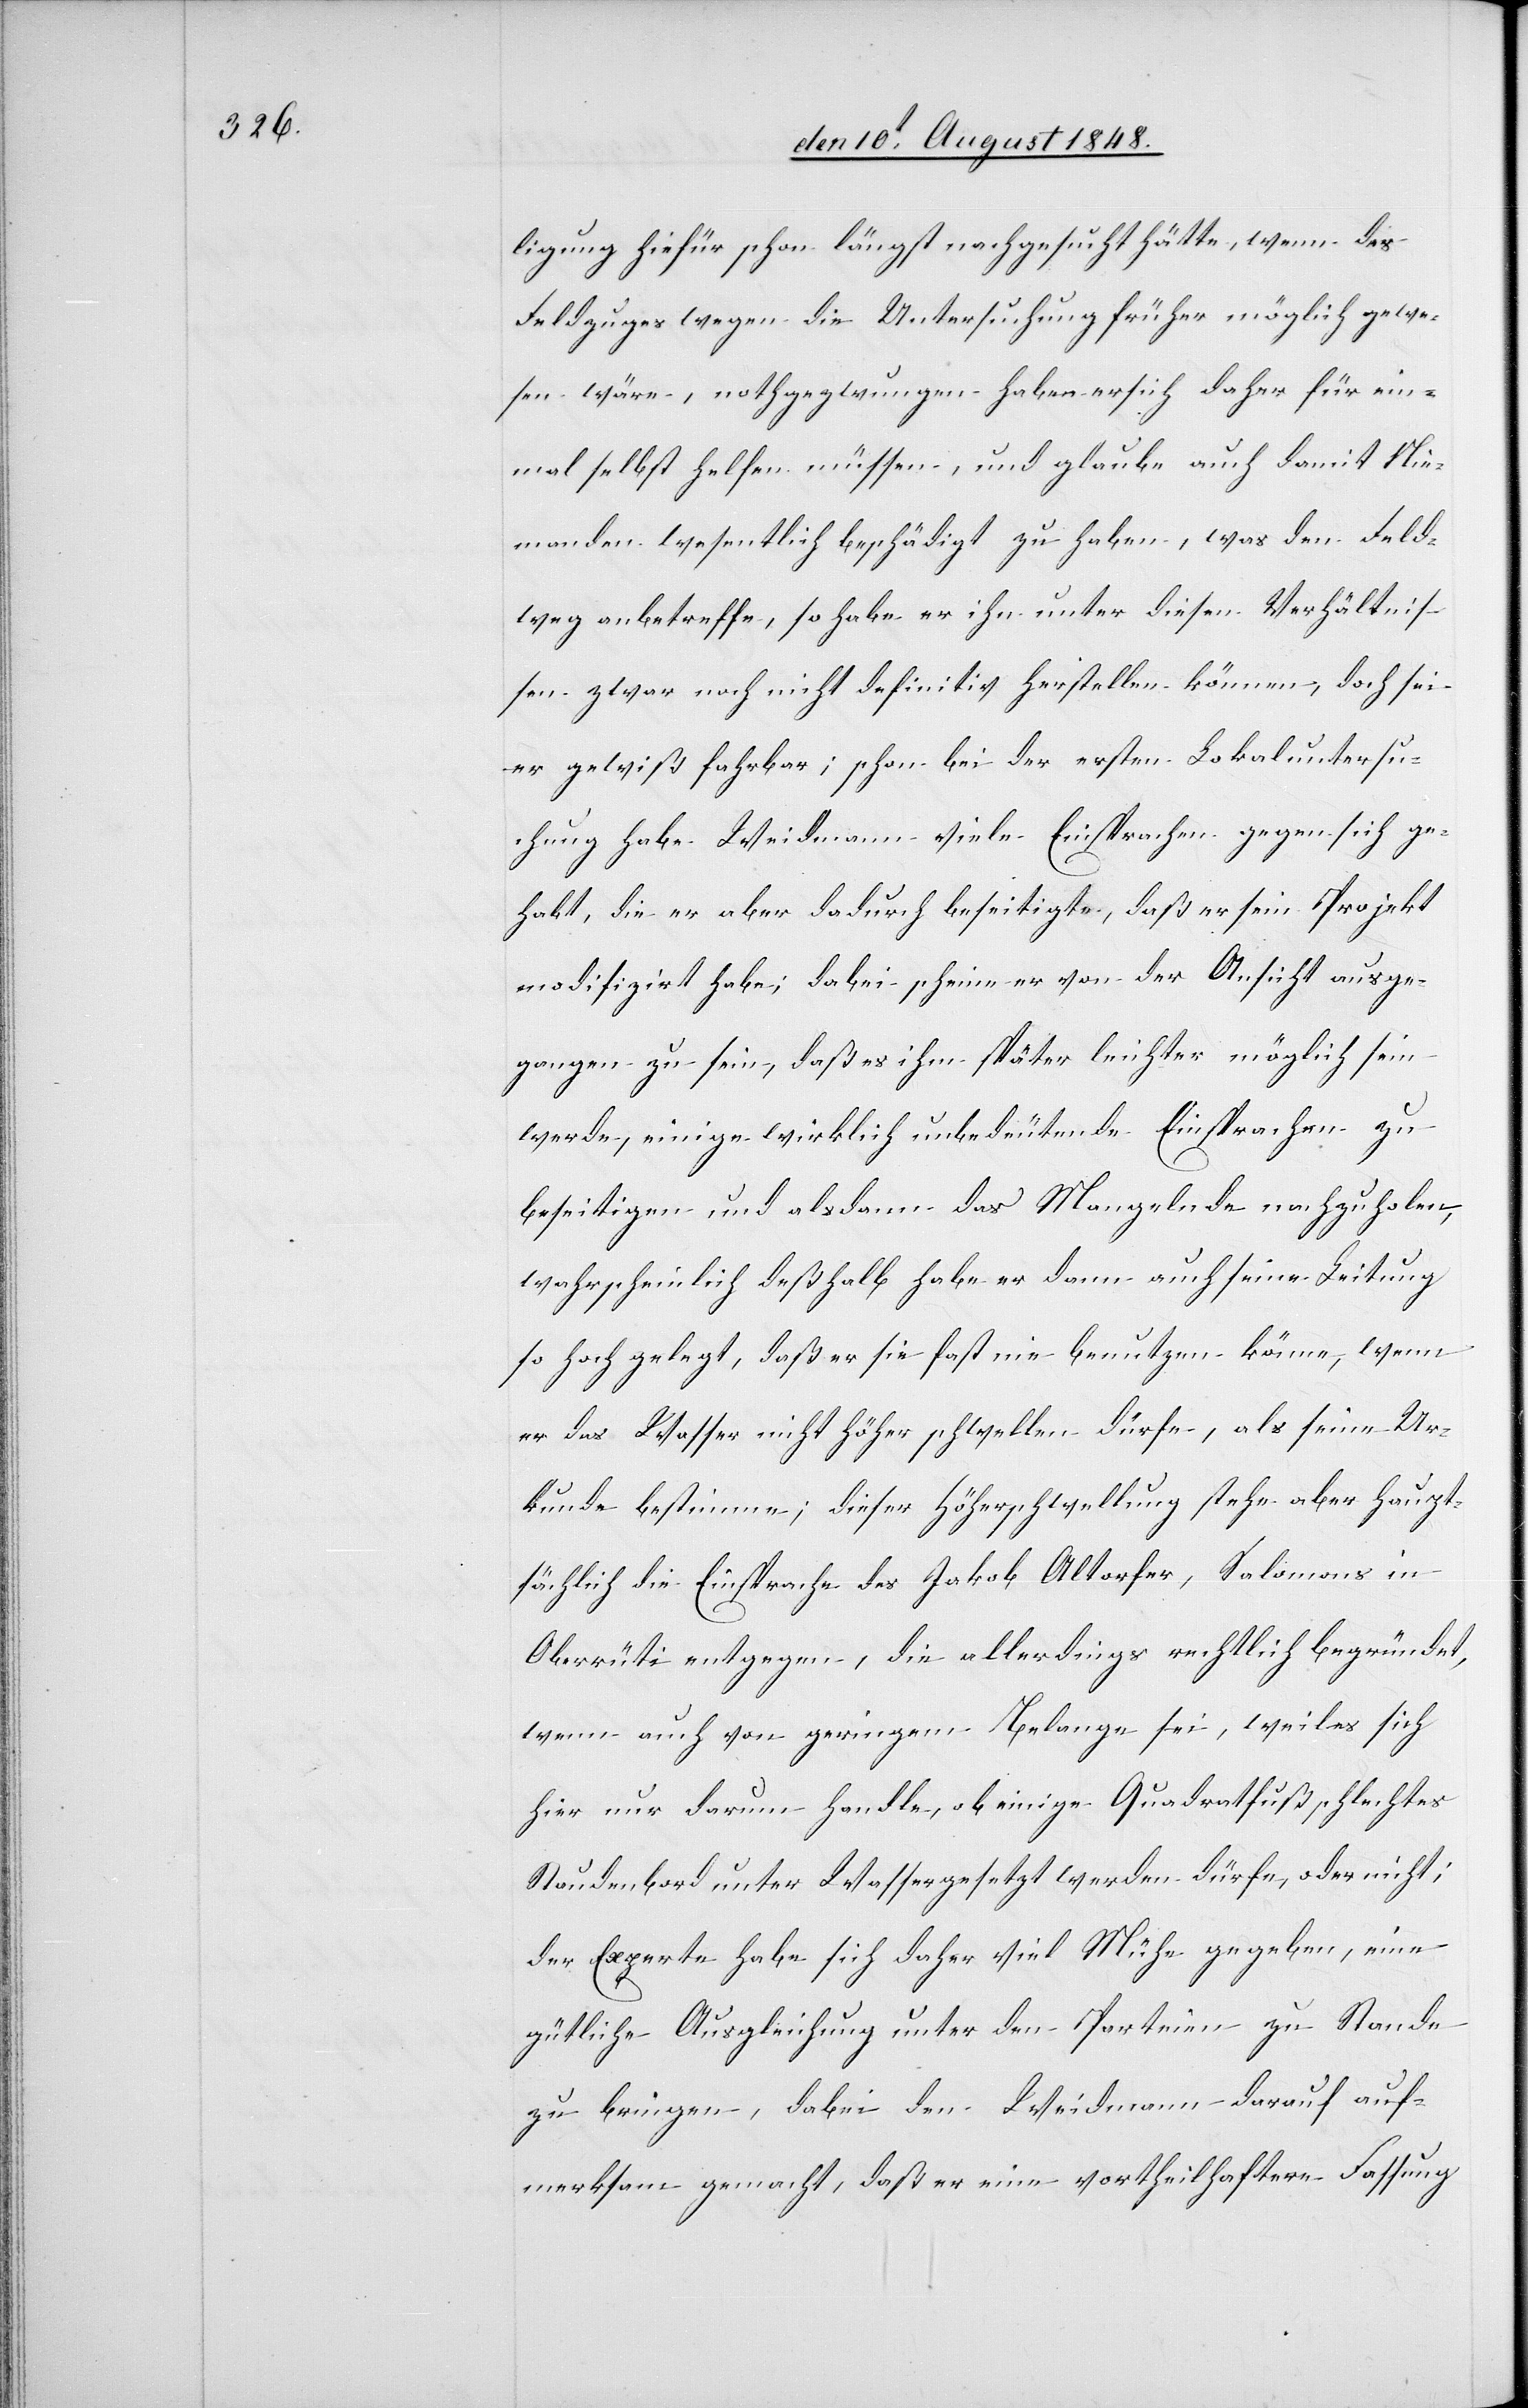
ligung hiefür schon längst nachgesucht hätte, wenn des
Feldweges wegen die Untersuchung früher möglich gewe¬
sen wäre, nothgezwungen habe er sich daher für ein¬
mal selbst helfen müssen, und glaube auch damit Nie¬
manden wesentlich beschädigt zu haben, was den Feld¬
weg anbetreffe, so habe er ihn unter diesen Verhältnis¬
sen zwar noch nicht definitiv herstellen können, doch sei
er gewiß fahrbar; schon bei der ersten Lokaluntersu¬
chung habe Weidmann viele Einsprachen gegen sich ge¬
habt, die er aber dadurch beseitigte, daß er sein Projekt
modifizirt habe; dabei scheine er von der Ansicht ausge¬
gangen zu sein, daß es ihm später leichter möglich sein
werde, einige wirklich unbedeutende Einsprachen zu
beseitigen und alsdann das Mangelnde nachzuholen,
wahrscheinlich deßhalb habe er dann auch seine Leitung
so hoch gelegt, daß er sie fast nie benutzen könne, wenn
er das Wasser nicht höher schwellen dürfe, als seine Ur¬
kunde bestimmte; dieser Höherschwellung stehe aber haupt¬
sächlich die Einsprache des Jakob Altorfer, Salomons in
Oberrüti entgegen, die allerdings rechtlich begründet,
wenn auch von geringem Belange sei, weil es sich
hier nur darum handle, ob einige Quadratfuß schlechtes
Staudenbord unter Wasser gesetzt werden dürfe, oder nicht;
der Experte habe sich daher viel Mühe gegeben, eine
gütliche Ausgleichung unter den Parteien zu Standen
zu bringen, dabei den Weidmann darauf auf¬
merksam gemacht, daß er eine vortheilhaftere Fassung